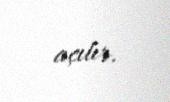
açılır.